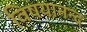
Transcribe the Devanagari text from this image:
विषयानन्द